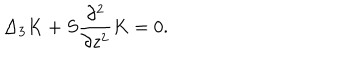
\Delta _ { 3 } K + S \frac { \partial ^ { 2 } } { \partial z ^ { 2 } } K = 0 .